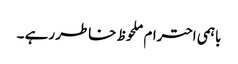
باہمی احترام ملحوظ خاطر رہے ۔